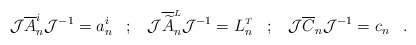
\begin{align*}{\cal J} \overline{A}^i_n {\cal J}^{-1} = a^i_n \;\;\;;\;\;\;{\cal J} \overline{\widetilde A}^{\scriptscriptstyle L}_n{\cal J}^{-1} = L^{\scriptscriptstyle T}_n\;\;\;;\;\;\;{\cal J} \overline{C}_n {\cal J}^{-1} = c_n \;\;\;.\end{align*}